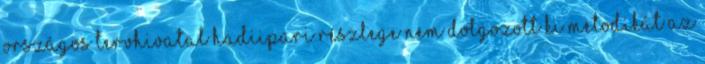
Országos Tervhivatal hadiipari részlege nem dolgozott ki metodikát az